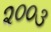
૨૦૦૩